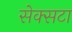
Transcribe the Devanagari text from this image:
सेक्सटा